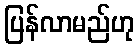
ပြန်လာမည်ဟု